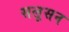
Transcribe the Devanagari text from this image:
सलूसन